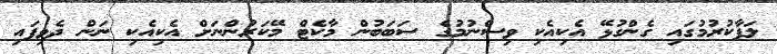
ލަފާކުރުމުގައި ގެންގުޅޭ އެކިއެކި ވިސްނުމުގެ ސަބަބުން މާކެޓް މޭކަރުންނަށް އެކިއެކި ނަން ދެވިފައި